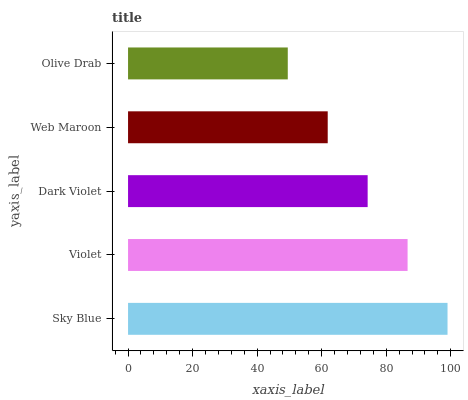
| yaxis_label | bars |
 | --- | --- |
 | Sky Blue | 99 |
 | Violet | 86.6 |
 | Dark Violet | 74.2 |
 | Web Maroon | 61.9 |
 | Olive Drab | 49.5 |